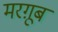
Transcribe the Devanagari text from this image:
मरग़ूब